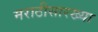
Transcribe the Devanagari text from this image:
मराठीसारख्या